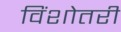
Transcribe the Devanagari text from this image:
विंशोतरी